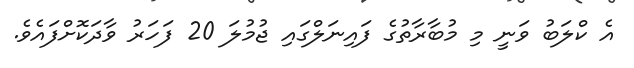
އެ ކްލަބު ވަނީ މި މުބާރާތުގެ ފައިނަލްގައި ޖުމުލަ 20 ފަހަރު ވާދަކޮށްފައެވެ.